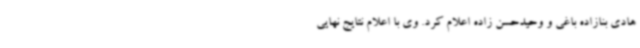
هادی بنازاده باغی و وحیدحسن زاده اعلام کرد. وی با اعلام نتایج نهایی